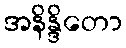
အနိန္ဒိတော